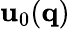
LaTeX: \mathbf{u}_{0}(\mathbf{{q}})